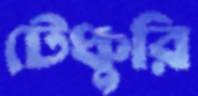
টেঞ্চুরি